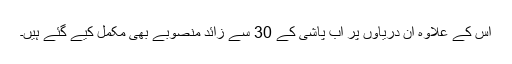
اس کے علاوہ ان دریاؤں پر آب پاشی کے 30 سے زائد منصوبے بھی مکمل کیے گئے ہیں۔